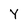
Character: Y